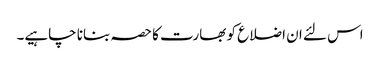
اس لئے ان اضلاع کو بھارت کا حصہ بنانا چاہیے۔